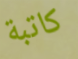
كاتبة